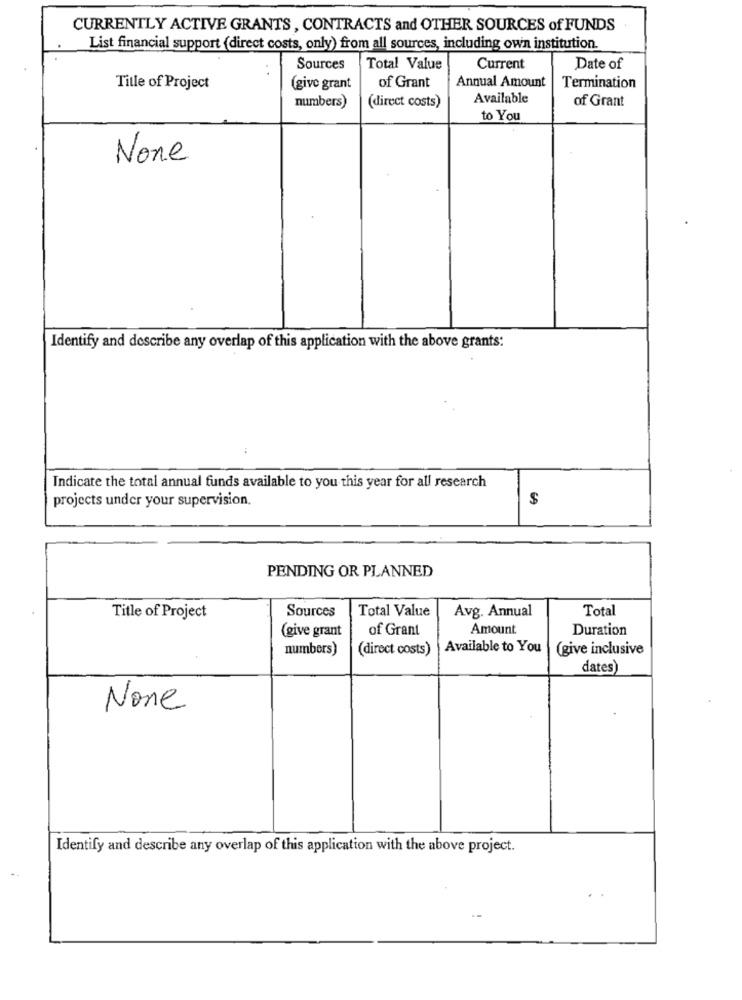
CURRENTLY ACTIVE GRANTS , CONTRACTS and OTHER SOURCES of FUNDS
List financial support (direct costs, only) from all sources, including own institution.
..
Sources
Total Value
Current
Date of
Annual Amount
Title of Project
(give grant
of Grant
Termination
numbers)
(direct costs)
Available
of Grant
to You
Identify and describe any overlap of this application with the above grants:
Indicate the total annual funds available to you this year for all research
projects under your supervision.
$
PENDING OR PLANNED
Sources
Total Value
Avg. Annual
Total
Title of Project
(give grant
of Grant
Amount
Duration
numbers)
(direct costs)
Available to You
(give inclusive
dates)
Identify and describe any overlap of this application with the above project.